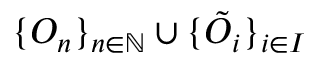
\{ O _ { n } \} _ { n \in \mathbb { N } } \cup \{ \tilde { O } _ { i } \} _ { i \in I }